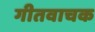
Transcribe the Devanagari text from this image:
गीतवाचक